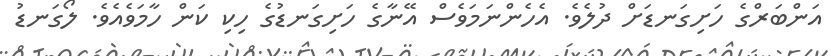
އަންބަރްގެ ހަށިގަނޑަށް ދުލެވެ. އެހެންނަމަވެސް އޭނާގެ ހަށިގަނޑުގެ ހިކި ކަން ހާމަވެއެވެ. ލޯގަނޑު